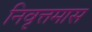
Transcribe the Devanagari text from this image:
निवृत्तमास